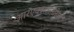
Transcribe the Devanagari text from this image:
आरएक्सअमेरिका